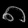
Digit: ၈